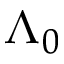
\Lambda _ { 0 }